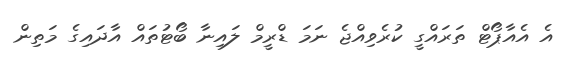
އެ އެއާޕޯޓް ތަރައްގީ ކުރެވިއްޖެ ނަމަ ޑްރީމް ލައިނާ ބޯޓުތައް އާދައިގެ މަތިން